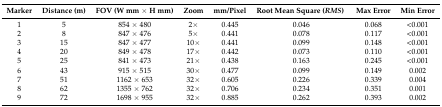
<table><thead><tr><td><b>Marker</b></td><td><b>Distance (m)</b></td><td><b>FOV (W mm × H mm)</b></td><td><b>Zoom</b></td><td><b>mm/Pixel</b></td><td><b>Root Mean Square (<i>RMS</i>)</b></td><td><b>Max Error</b></td><td><b>Min Error</b></td></tr></thead><tbody><tr><td>1</td><td>5</td><td>854 × 480</td><td>2×</td><td>0.445</td><td>0.046</td><td>0.068</td><td>&lt;0.001</td></tr><tr><td>2</td><td>8</td><td>847 × 476</td><td>5×</td><td>0.441</td><td>0.078</td><td>0.117</td><td>&lt;0.001</td></tr><tr><td>3</td><td>15</td><td>847 × 477</td><td>10×</td><td>0.441</td><td>0.099</td><td>0.148</td><td>&lt;0.001</td></tr><tr><td>4</td><td>20</td><td>849 × 478</td><td>17×</td><td>0.442</td><td>0.073</td><td>0.110</td><td>&lt;0.001</td></tr><tr><td>5</td><td>25</td><td>841 × 473</td><td>21×</td><td>0.438</td><td>0.163</td><td>0.245</td><td>&lt;0.001</td></tr><tr><td>6</td><td>43</td><td>915 × 515</td><td>30×</td><td>0.477</td><td>0.099</td><td>0.149</td><td>0.002</td></tr><tr><td>7</td><td>51</td><td>1162 × 653</td><td>32×</td><td>0.605</td><td>0.226</td><td>0.339</td><td>0.004</td></tr><tr><td>8</td><td>62</td><td>1355 × 762</td><td>32×</td><td>0.706</td><td>0.234</td><td>0.351</td><td>0.001</td></tr><tr><td>9</td><td>72</td><td>1698 × 955</td><td>32×</td><td>0.885</td><td>0.262</td><td>0.393</td><td>0.002</td></tr></tbody></table>